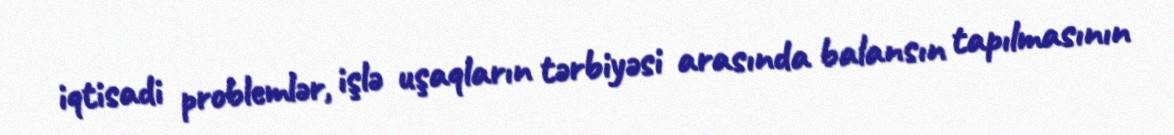
iqtisadi problemlər, işlə uşaqların tərbiyəsi arasında balansın tapılmasının